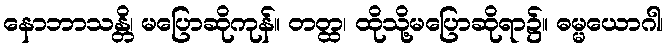
နောဘာသန္တိ၊ မပြောဆိုကုန်။ တတ္ထ၊ ထိုသို့မပြောဆိုရာ၌။ ဓမ္မယောဂါ၊